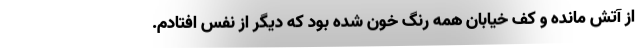
از آتش مانده و کف خیابان همه رنگ خون شده بود که دیگر از نفس افتادم.